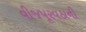
વીજપૂરવઠાની